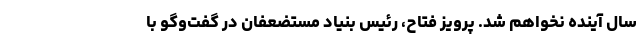
سال آینده نخواهم شد. پرویز فتاح، رئیس بنیاد مستضعفان در گفت‌وگو با